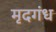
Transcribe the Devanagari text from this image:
मृदगंध